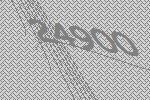
24900